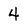
Character: 4